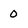
Character: o